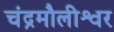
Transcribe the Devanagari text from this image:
चंद्रमौलीश्वर